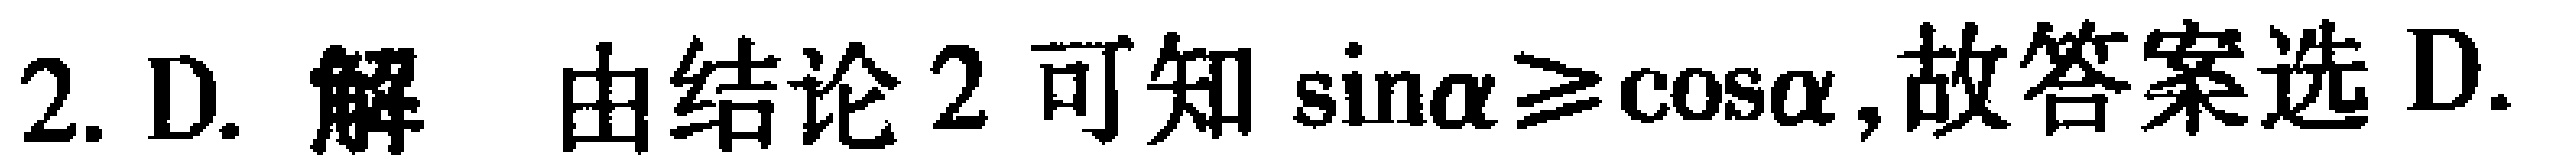
2. D. 解 由结论 2 可知\(\sin\alpha\geqslant\cos\alpha\),故答案选 D.